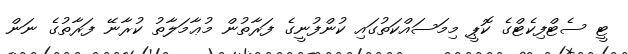
ޓީ ސެޓްފިކެޓްގެ ކޮޕީ މިމަސައްކަތުގައި ކުންފުނީގެ ފަރާތުން މުޢާމަލާތު ކުރާނޭ ފަރާތުގެ ނަން